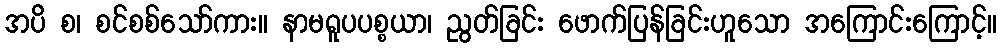
အပိ စ၊ စင်စစ်သော်ကား။ နာမရူပပစ္စယာ၊ ညွတ်ခြင်း ဖောက်ပြန်ခြင်းဟူသော အကြောင်းကြောင့်။